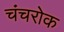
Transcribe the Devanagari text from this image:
चंचरोक